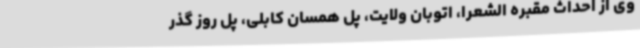
وی از احداث مقبره الشعرا، اتوبان ولایت، پل همسان کابلی، پل روز گذر